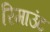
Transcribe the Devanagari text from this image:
रिमाउंट